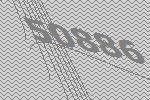
50886